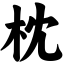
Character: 枕